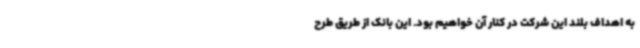
به اهداف بلند این شرکت در کنار آن خواهیم بود. این بانک از طریق طرح